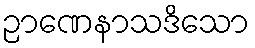
ဉာဏေနာသဒိသော